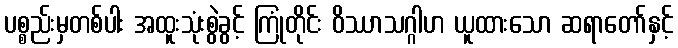
ပစ္စည်းမှတစ်ပါး အထူးသုံးစွဲခွင့် ကြုံတိုင်း ဝိဿာသဂ္ဂါဟ ယူထားသော ဆရာတော်နှင့်